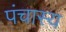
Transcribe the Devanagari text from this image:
पंचास्य